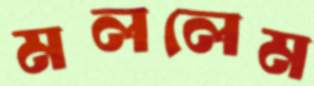
মললেম